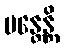
မန္တေန္တိ